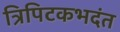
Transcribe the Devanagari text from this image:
त्रिपिटकभदंत